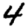
Digit: 4